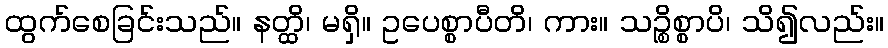
ထွက်စေခြင်းသည်။ နတ္ထိ၊ မရှိ။ ဥပေစ္စာပီတိ၊ ကား။ သဉ္စိစ္စာပိ၊ သိ၍လည်း။